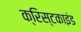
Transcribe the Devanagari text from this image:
क्रिस्टकाइंड